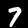
Digit: 7